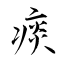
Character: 痰